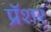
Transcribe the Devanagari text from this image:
प्रॅशर